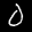
Digit: 0